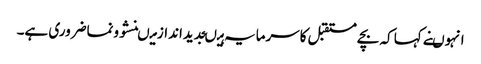
انہوںنے کہا کہ بچے مستقبل کاسرمایہ ہیںجدیداندازمیںنشوونماضروری ہے۔